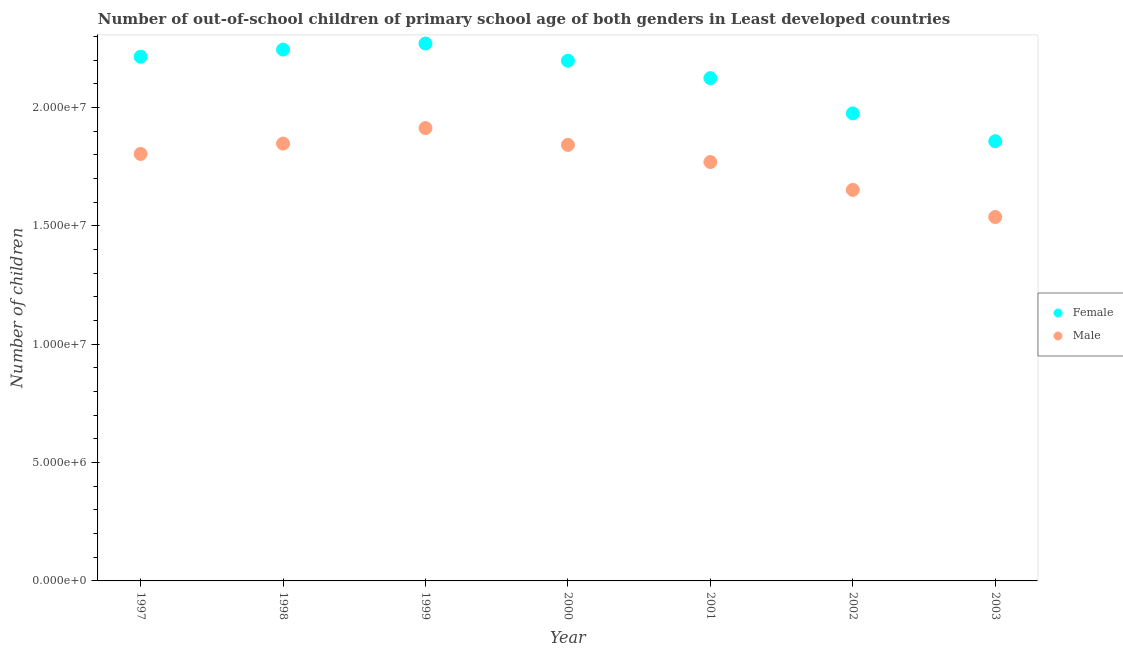
| Year | Female | Male |
 | --- | --- | --- |
 | 1997 | 2.22e+07 | 1.8e+07 |
 | 1998 | 2.25e+07 | 1.85e+07 |
 | 1999 | 2.27e+07 | 1.91e+07 |
 | 2000 | 2.2e+07 | 1.84e+07 |
 | 2001 | 2.12e+07 | 1.77e+07 |
 | 2002 | 1.98e+07 | 1.65e+07 |
 | 2003 | 1.86e+07 | 1.54e+07 |